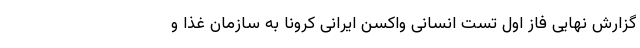
گزارش نهایی فاز اول تست انسانی واکسن ایرانی کرونا به سازمان غذا و